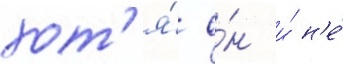
хот'я́ о́н и́ н'е́